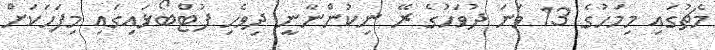
މެޗުގައި މިމަހުގެ 13 ވަނަ ދުވަހުގެ ރޭ ނިކުންނާނީ ދިވެހި ފުޓްބޯޅައިގައި މިފަހަކަށް